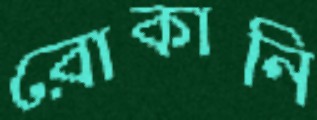
রোকানি